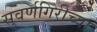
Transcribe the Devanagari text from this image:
सुवर्णगिरीच्या